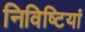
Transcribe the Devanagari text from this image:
निविष्टियां